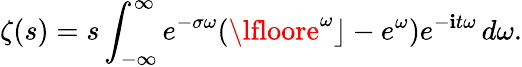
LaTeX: \zeta(s)=s\int_{-\infty}^{\infty}e^{-\sigma\omega}(\lfloore^{\omega}\rfloor-e^{\omega})e^{-\mathbf{i}t\omega}\, d\omega.